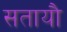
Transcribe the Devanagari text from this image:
सतायौ